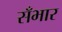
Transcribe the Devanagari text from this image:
सँभार